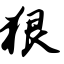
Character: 狠